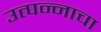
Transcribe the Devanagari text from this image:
उत्‍पन्‍नाचा